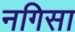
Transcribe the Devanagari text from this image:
नगिसा